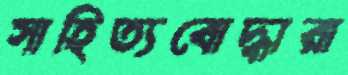
সাহিত্যবোদ্ধারা